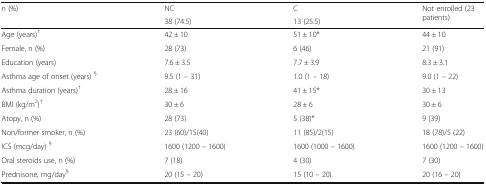
<table><thead><tr><td rowspan="2"><b>n (%)</b></td><td><b>NC</b></td><td><b>C</b></td><td rowspan="2"><b>Not enrolled (23 patients)</b></td></tr><tr><td><b>38 (74.5)</b></td><td><b>13 (25.5)</b></td></tr></thead><tbody><tr><td>Age (years)<sup>†</sup></td><td>42 ± 10</td><td>51 ± 10*</td><td>44 ± 10</td></tr><tr><td>Female, n (%)</td><td>28 (73)</td><td>6 (46)</td><td>21 (91)</td></tr><tr><td>Education (years)</td><td>7.6 ± 3.5</td><td>7.7 ± 3.9</td><td>8.3 ± 3.1</td></tr><tr><td>Asthma age of onset (years) <sup>§</sup></td><td>9.5 (1 – 31)</td><td>1.0 (1 – 18)</td><td>9.0 (1 – 22)</td></tr><tr><td>Asthma duration (years)<sup>†</sup></td><td>28 ± 16</td><td>41 ± 15*</td><td>30 ± 13</td></tr><tr><td>BMI (kg/m<sup>2</sup>)<sup>†</sup></td><td>30 ± 6</td><td>28 ± 6</td><td>30 ± 6</td></tr><tr><td>Atopy, n (%)</td><td>28 (73)</td><td>5 (38)*</td><td>9 (39)</td></tr><tr><td>Non/former smoker, n (%)</td><td>23 (60)/15(40)</td><td>11 (85)/2(15)</td><td>18 (78)/5 (22)</td></tr><tr><td>ICS (mcg/day) <sup>§</sup></td><td>1600 (1200 – 1600)</td><td>1600 (1000 – 1600)</td><td>1600 (1200 – 1600)</td></tr><tr><td>Oral steroids use, n (%)</td><td>7 (18)</td><td>4 (30)</td><td>7 (30)</td></tr><tr><td>Prednisone, mg/day<sup>§</sup></td><td>20 (15 – 20)</td><td>15 (10 – 20)</td><td>20 (16 – 20)</td></tr></tbody></table>